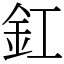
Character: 釭